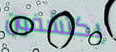
يكتشفون